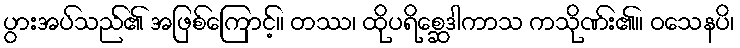
ပွားအပ်သည်၏ အဖြစ်ကြောင့်။ တဿ၊ ထိုပရိစ္ဆေဒါကာသ ကသိုဏ်း၏။ ဝသေနပိ၊